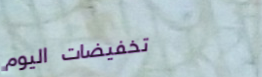
تخفيضات اليوم